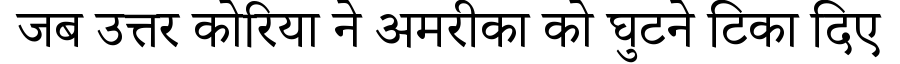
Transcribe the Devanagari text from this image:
जब उत्तर कोरिया ने अमरीका को घुटने टिका दिए